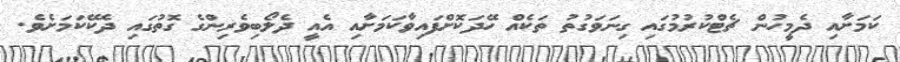
ކަމަށާއި ދެމީހުން ޗެޓްކުރުމުގައި ގިނަވަގުތު ތަކެއް ހޭދަކޮށްފައިވާކަމަށާއި އެއީ ދެލޯބިވެރިންގެ ގޮތުގައި ދެކޭކަމަށެވެ.